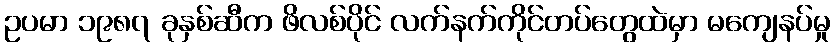
ဥပမာ ၁၉၈၇ ခုနှစ်ဆီက ဖိလစ်ပိုင် လက်နက်ကိုင်တပ်တွေထဲမှာ မကျေနပ်မှု